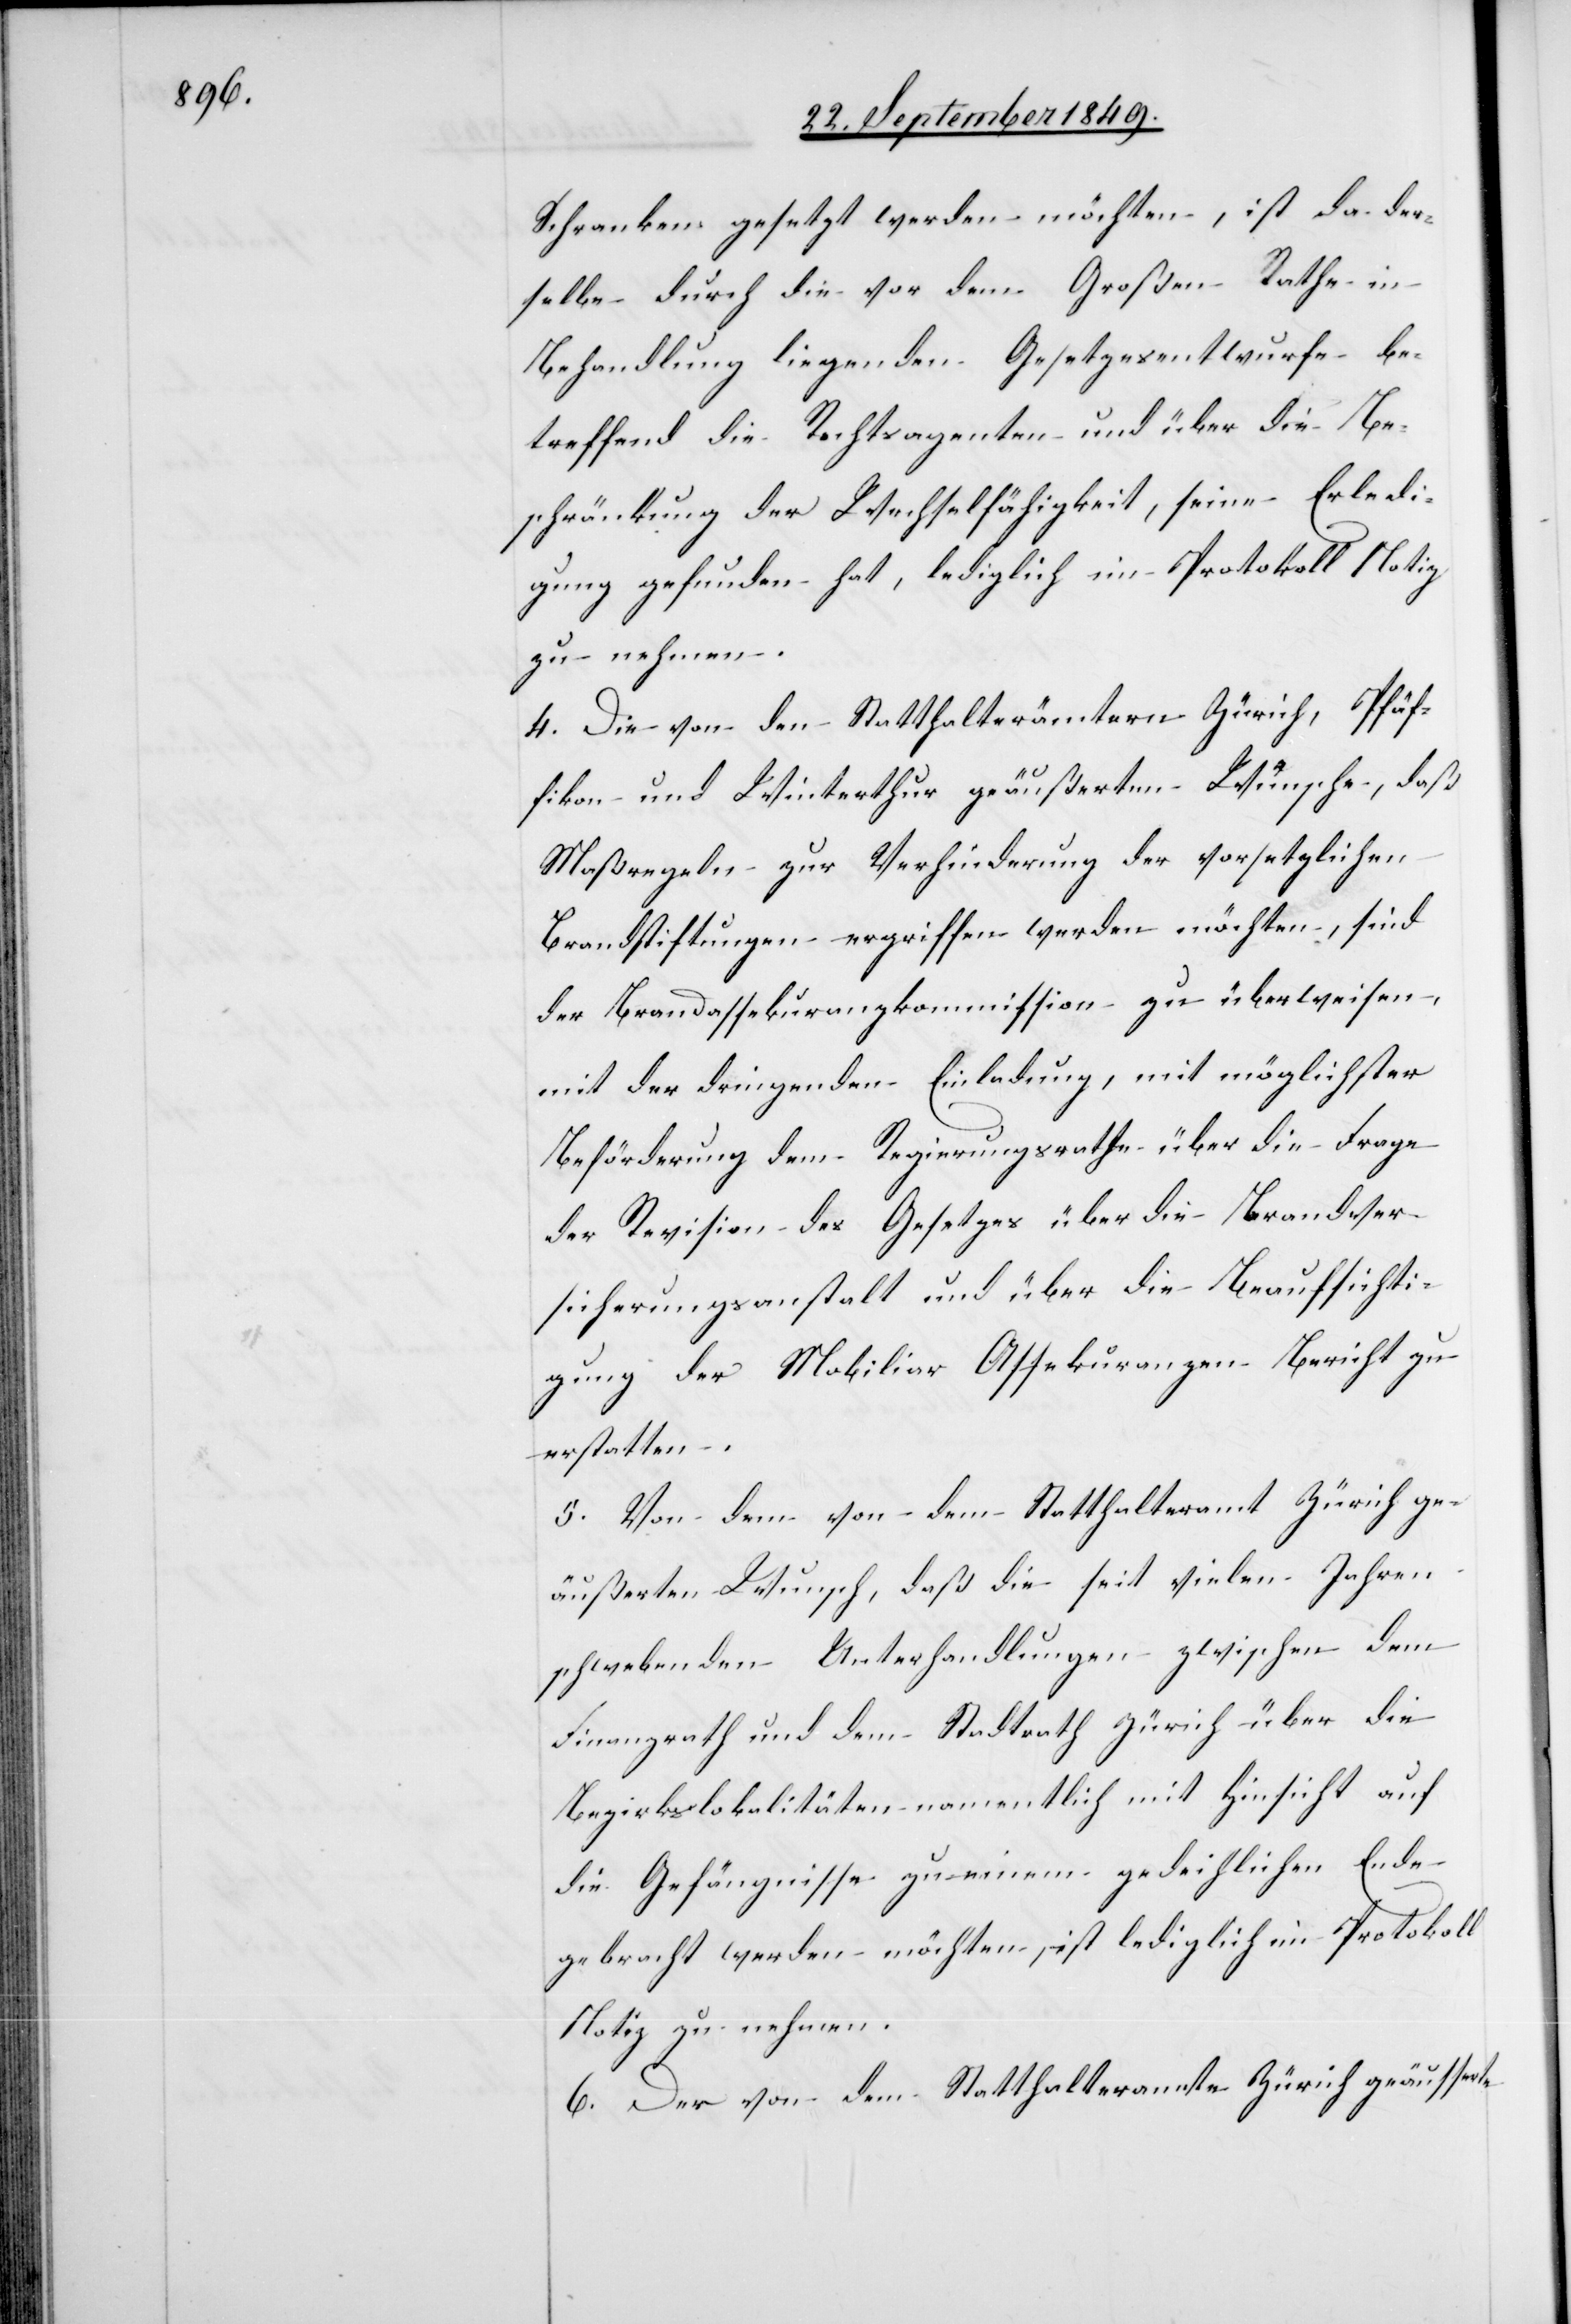
Schranken gesetzt werden möchten, ist da der¬
selbe durch die vor dem Großen Rathe in
Behandlung liegenden Gesetzentwurfe be¬
treffend die Rechtsagenten und über die Be¬
schränkung der Wechselfähigkeit, seine Erledi¬
gung gefunden hat, lediglich im Protokoll Notiz
zu nehmen.
4. Die von den Statthalterämtern Zürich, Pfäf¬
fikon und Winterthur geäußerten Wünsche, daß
Maßregeln zur Verhinderung der vorsetzlichen
Brandstiftungen ergriffen werden möchten, sind
der Brandassekuranzkommission zu überweisen,
mit der dringenden Einladung, mit möglichster
Beförderung dem Regierungsrathe über die Frage
der Revision des Gesetzes über die Brandver¬
sicherungsanstalt und über die Beaufsichti¬
gung der Mobiliar Assekuranzen Bericht zu
erstatten.
5. Von dem von dem Statthalteramt Zürich ge¬
äußerten Wunsch, daß die seit vielen Jahren
schwebenden Unterhandlungen zwischen dem
Finanzrath und dem Stadtrath Zürich über die
Bezirkslokalitäten namentlich mit Hinsicht auf
die Gefängnisse zu einem gedeihlichen Ende
gebracht werden möchten, ist lediglich im Protokoll
Notiz zu nehmen.
6. Der von dem Statthalteramte Zürich geäusserte